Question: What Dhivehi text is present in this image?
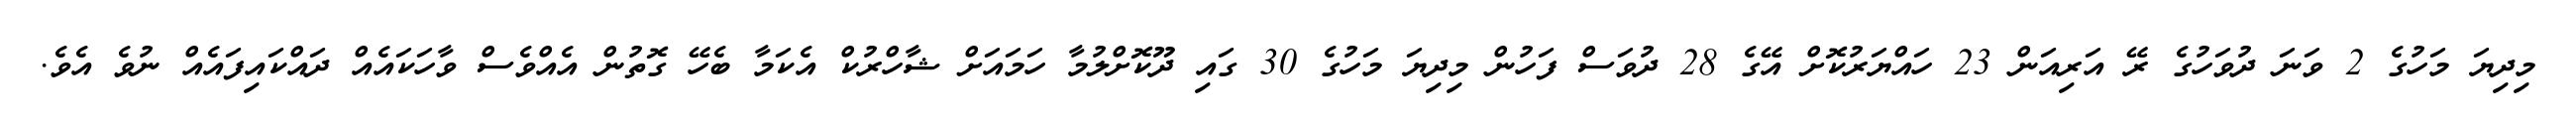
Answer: މިދިޔަ މަހުގެ 2 ވަނަ ދުވަހުގެ ރޭ އަރިއަން 23 ހައްޔަރުކޮށް އޭގެ 28 ދުވަސް ފަހުން މިދިޔަ މަހުގެ 30 ގައި ދޫކޮށްލުމާ ހަމައަށް ޝާހްރުކް އެކަމާ ބެހޭ ގޮތުން އެއްވެސް ވާހަކައެއް ދައްކައިފައެއް ނުވެ އެވެ.